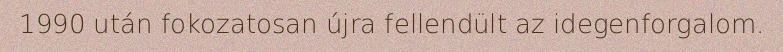
1990 után fokozatosan újra fellendült az idegenforgalom.